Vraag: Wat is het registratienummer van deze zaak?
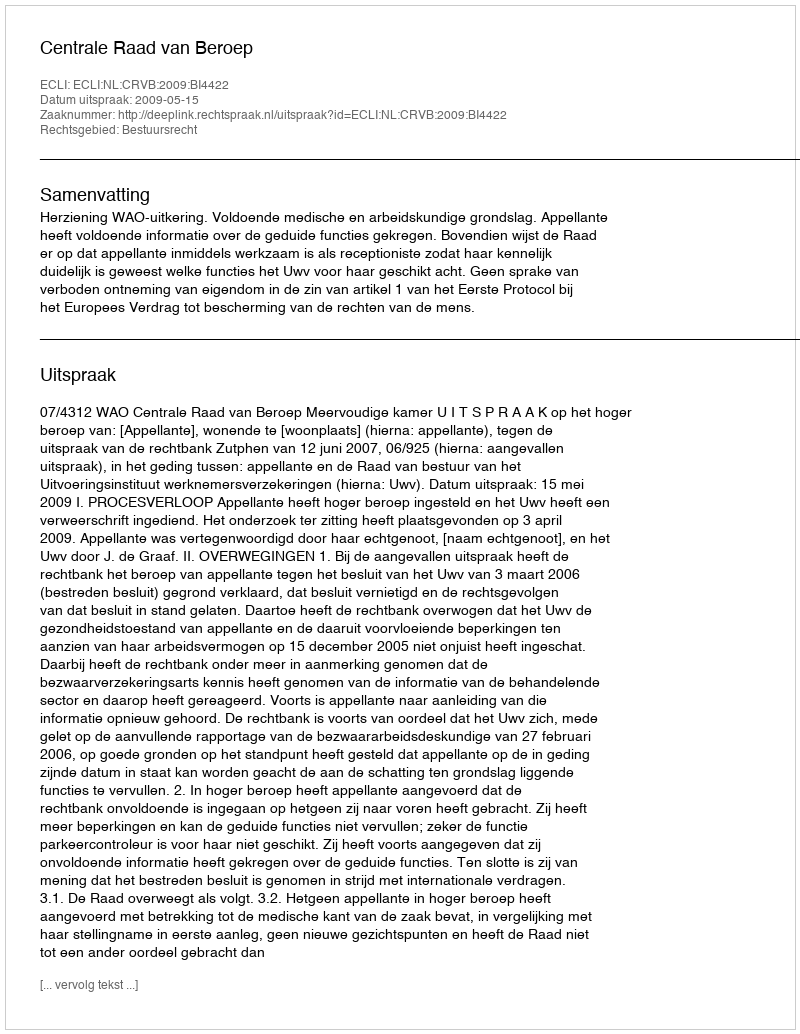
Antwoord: http://deeplink.rechtspraak.nl/uitspraak?id=ECLI:NL:CRVB:2009:BI4422